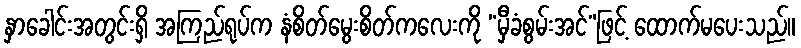
နှာခေါင်းအတွင်းရှိ အကြည်ရုပ်က နံစိတ်မွေးစိတ်ကလေးကို “မှီခံစွမ်းအင်”ဖြင့် ထောက်မပေးသည်။